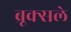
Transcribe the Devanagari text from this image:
ब्रूक्सले